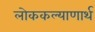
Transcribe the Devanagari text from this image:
लोककल्याणार्थ